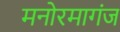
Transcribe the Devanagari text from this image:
मनोरमागंज